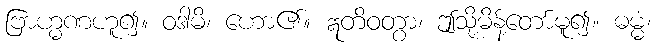
ဗြာဟ္မဏဟူ၍။ ဝဒါမိ၊ ဟော၏။ ဣတိဝတွာ၊ ဤသို့မိန့်တော်မူ၍။ ဓမ္မံ၊